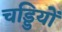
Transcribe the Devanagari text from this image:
चड्डियों